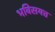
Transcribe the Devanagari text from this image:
भविसयत्त